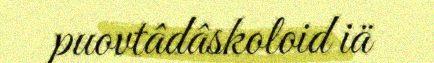
puovtâdâskoloid iä